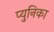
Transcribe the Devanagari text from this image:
प्युनिका